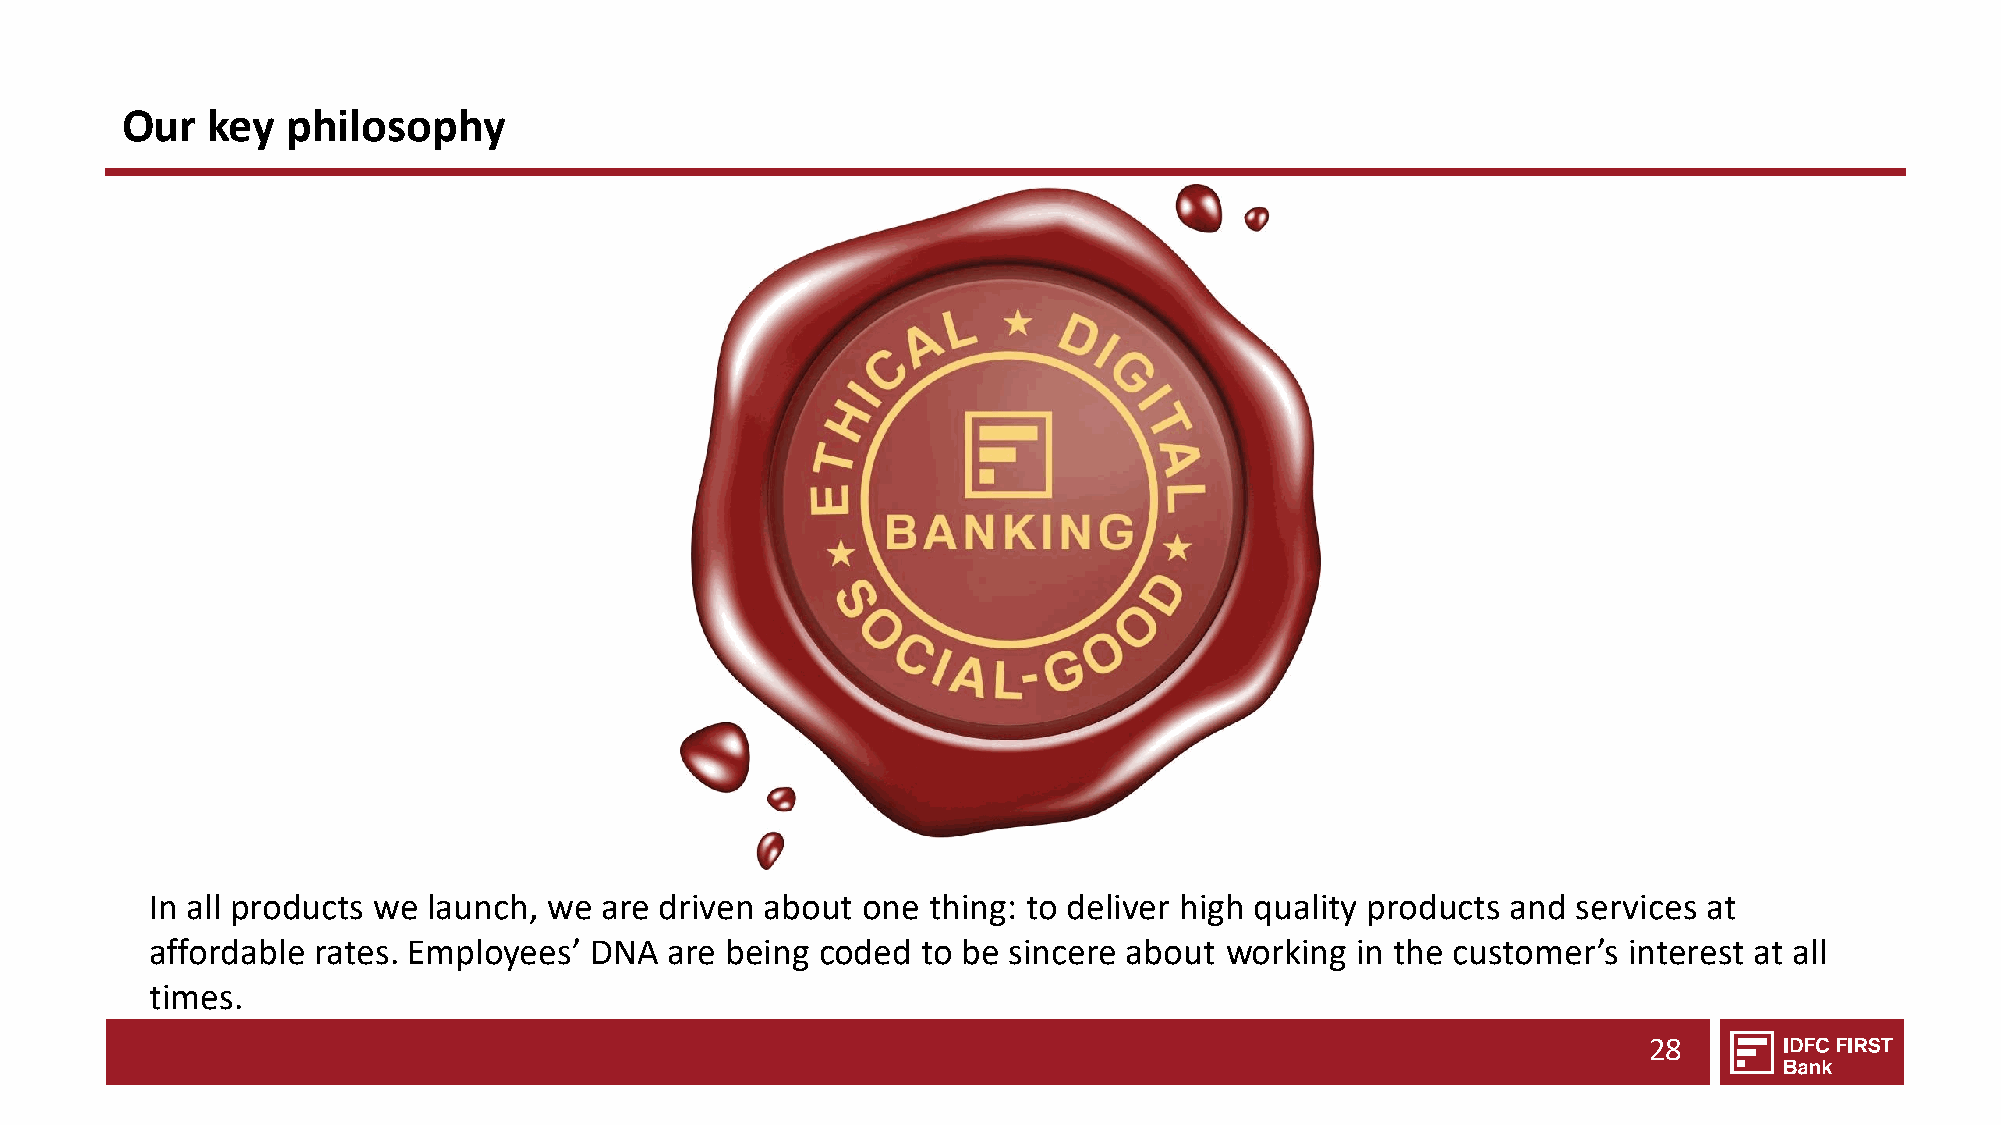
Our   key  philosophy
 In all products we launch, we are driven about one  thing: to deliver high quality products and services at
 affordable rates. Employees’ DNA  are being coded  to be sincere about working  in the customer’s interest at all
 times.
 28